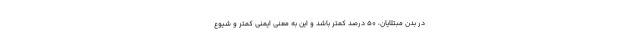
در بدن مبتلایان، 50 درصد کمتر باشد و این به معنی ایمنی کمتر و شیوع